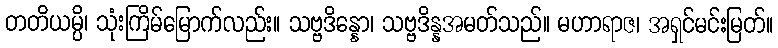
တတိယမ္ပိ၊ သုံးကြိမ်မြောက်လည်း။ သဗ္ဗဒိန္နော၊ သဗ္ဗဒိန္နအမတ်သည်။ မဟာရာဇ၊ အရှင်မင်းမြတ်။